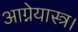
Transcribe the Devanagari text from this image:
आग्नेयास्त्र।